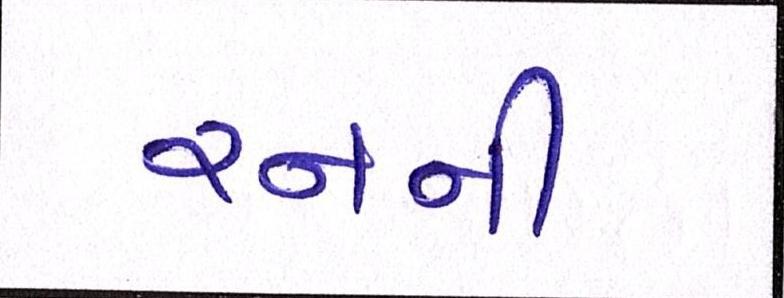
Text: રનની